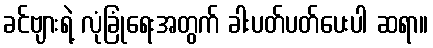
ခင်ဗျားရဲ့ လုံခြုံရေးအတွက် ခါးပတ်ပတ်ပေးပါ ဆရာ။